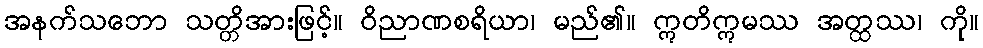
အနက်သဘော သတ္တိအားဖြင့်။ ဝိညာဏစရိယာ၊ မည်၏။ ဣတိဣမဿ အတ္ထဿ၊ ကို။